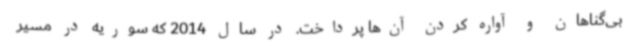
بی‌گناهان و آواره کردن آن‌ها پرداخت. در سال 2014 که سوریه در مسیر